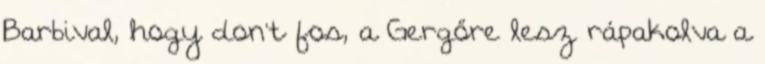
Barbival, hogy don't fos, a Gergőre lesz rápakolva a